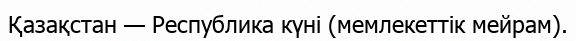
Қазақстан — Республика күні (мемлекеттік мейрам).